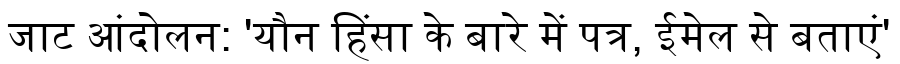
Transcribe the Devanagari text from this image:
जाट आंदोलन: 'यौन हिंसा के बारे में पत्र, ईमेल से बताएं'